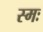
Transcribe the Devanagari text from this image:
स्मः